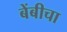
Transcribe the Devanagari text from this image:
बेंबीचा